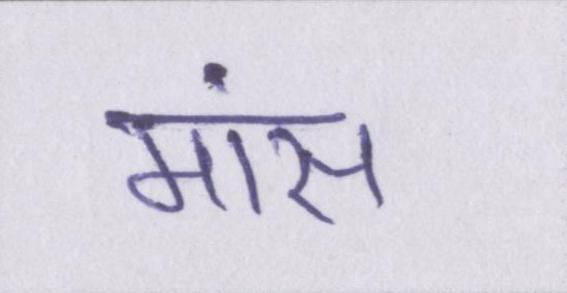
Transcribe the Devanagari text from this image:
मांस